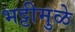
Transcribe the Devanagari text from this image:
भट्टीमुळे